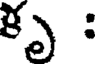
కృ :